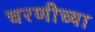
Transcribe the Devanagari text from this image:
चरणीच्या